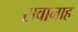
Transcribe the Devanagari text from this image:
सवानाह